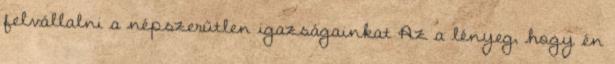
felvállalni a népszerűtlen igazságainkat Az a lényeg, hogy én